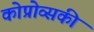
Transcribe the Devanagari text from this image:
कोप्रोव्सकी